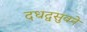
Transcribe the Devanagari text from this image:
दधद्वसुवने